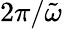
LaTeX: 2\pi/\tilde{\omega}